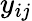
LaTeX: y_{ij}